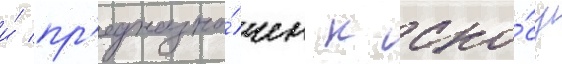
и́ пр'едназна́чен к сно́су